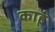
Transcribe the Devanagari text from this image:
काहूं